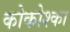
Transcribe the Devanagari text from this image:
कोकोश्का